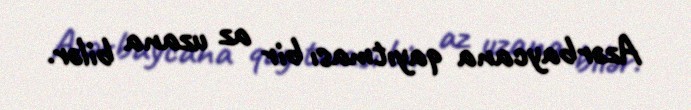
Azərbaycana qayıtması bir az uzana bilər.